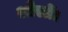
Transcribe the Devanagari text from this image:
औरतें।